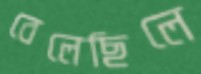
বেলেছিলে